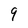
Character: 9